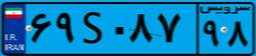
۳۶S۲۰۴۱۶